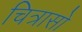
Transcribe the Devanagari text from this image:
चित्रासो